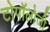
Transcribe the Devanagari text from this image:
टोपॉलोजी